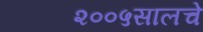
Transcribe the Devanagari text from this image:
२००५सालचे